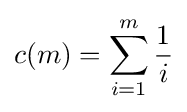
c(m)=\sum _{i=1}^{m}{\frac {1}{i}}